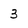
Character: 3